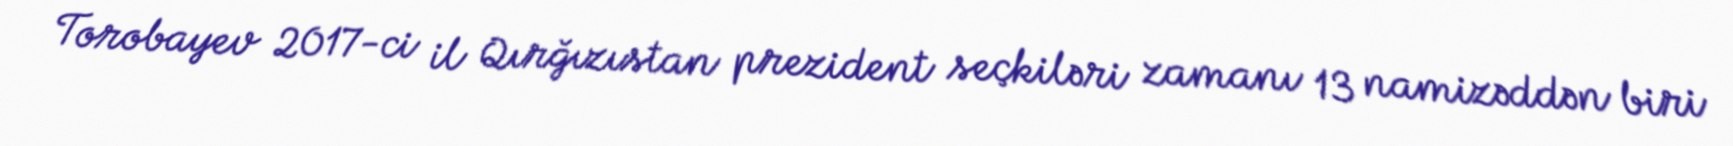
Torobayev 2017-ci il Qırğızıstan prezident seçkiləri zamanı 13 namizəddən biri